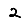
Digit: 2